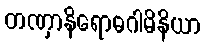
တဏှာနိရောဓဂါမိနိယာ